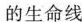
的生命线